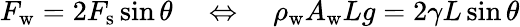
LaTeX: F_{\mathrm{w}}=2F_{\mathrm{s}}\sin\theta\quad\Leftrightarrow\quad\rho_{\mathrm{w}}A_{\mathrm{w}}Lg=2\gamma L\sin\theta